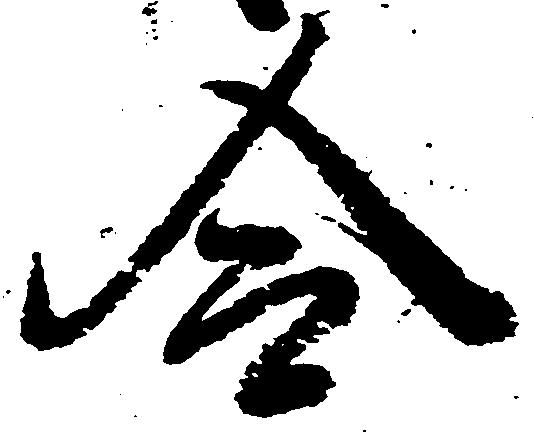
令